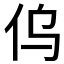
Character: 𠆿